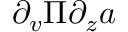
\partial _ { v } \Pi \partial _ { z } a